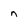
Character: n